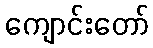
ကျောင်းတော်